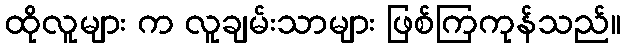
ထိုလူများ က လူချမ်းသာများ ဖြစ်ကြကုန်သည်။